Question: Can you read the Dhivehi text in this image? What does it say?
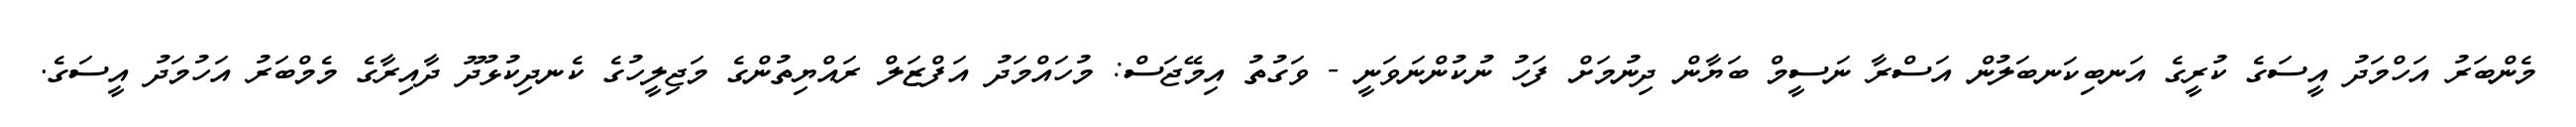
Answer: މެންބަރު އަހްމަދު އީސަގެ ކުރީގެ އަނބިކަނބަލުން އަސްރާ ނަސީމް ބަޔާން ދިނުމަށް ފަހު ނުކުންނަވަނީ - ވަގުތު އިމޭޖަސް: މުހައްމަދު އަފްޒަލް ރައްޔިތުންގެ މަޖިލީހުގެ ކެނދިކުޅުދޫ ދާއިރާގެ މެމްބަރު އަހުމަދު އީސަގެ.